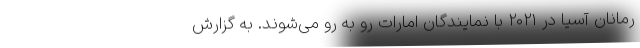
رمانان آسیا در ۲۰۲۱ با نمایندگان امارات رو به رو می‌شوند. به گزارش